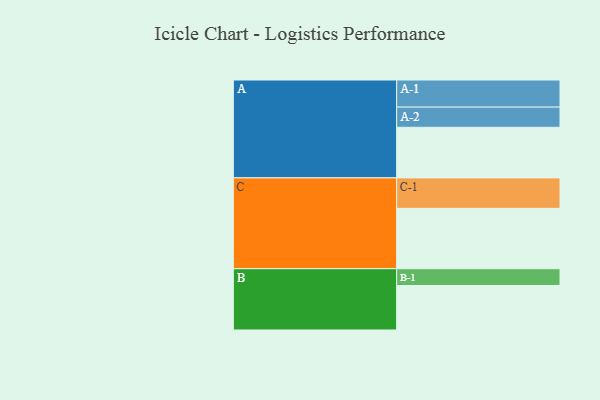
{"axis": {"x": "Segment", "y": "Value"}, "legend": ["", "A", "B", "C"], "data": [{"x": "A", "y": 481, "type": ""}, {"x": "B", "y": 423, "type": ""}, {"x": "C", "y": 574, "type": ""}, {"x": "A-1", "y": 258, "type": "A"}, {"x": "A-2", "y": 192, "type": "A"}, {"x": "B-1", "y": 160, "type": "B"}, {"x": "C-1", "y": 290, "type": "C"}]}